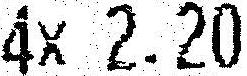
4X 2.20